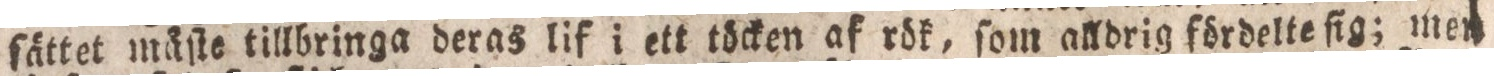
ſättet måſte tillbringa deras lif i ett töcken af rök, ſom alldrig fördelte ſig; men